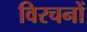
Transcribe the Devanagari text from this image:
विरचनों